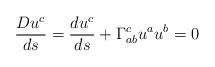
LaTeX: \begin{align*}\frac{Du^{c}}{ds}=\frac{du^{c}}{ds}+\Gamma^{c}_{ab}u^{a}u^{b}=0\end{align*}